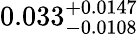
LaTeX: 0.033_{-0.0108}^{+0.0147}